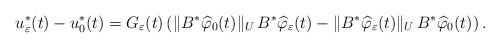
\begin{align*}u^*_\varepsilon(t)-u_0^*(t)= G_\varepsilon(t)\left(\| B^*\widehat\varphi_0(t)\|_U\, B^* \widehat \varphi_\varepsilon(t) - \| B^*\widehat\varphi_\varepsilon(t)\|_U\, B^* \widehat\varphi_0(t)\right). \end{align*}